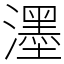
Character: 濹